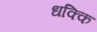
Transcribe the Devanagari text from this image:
धक्कि